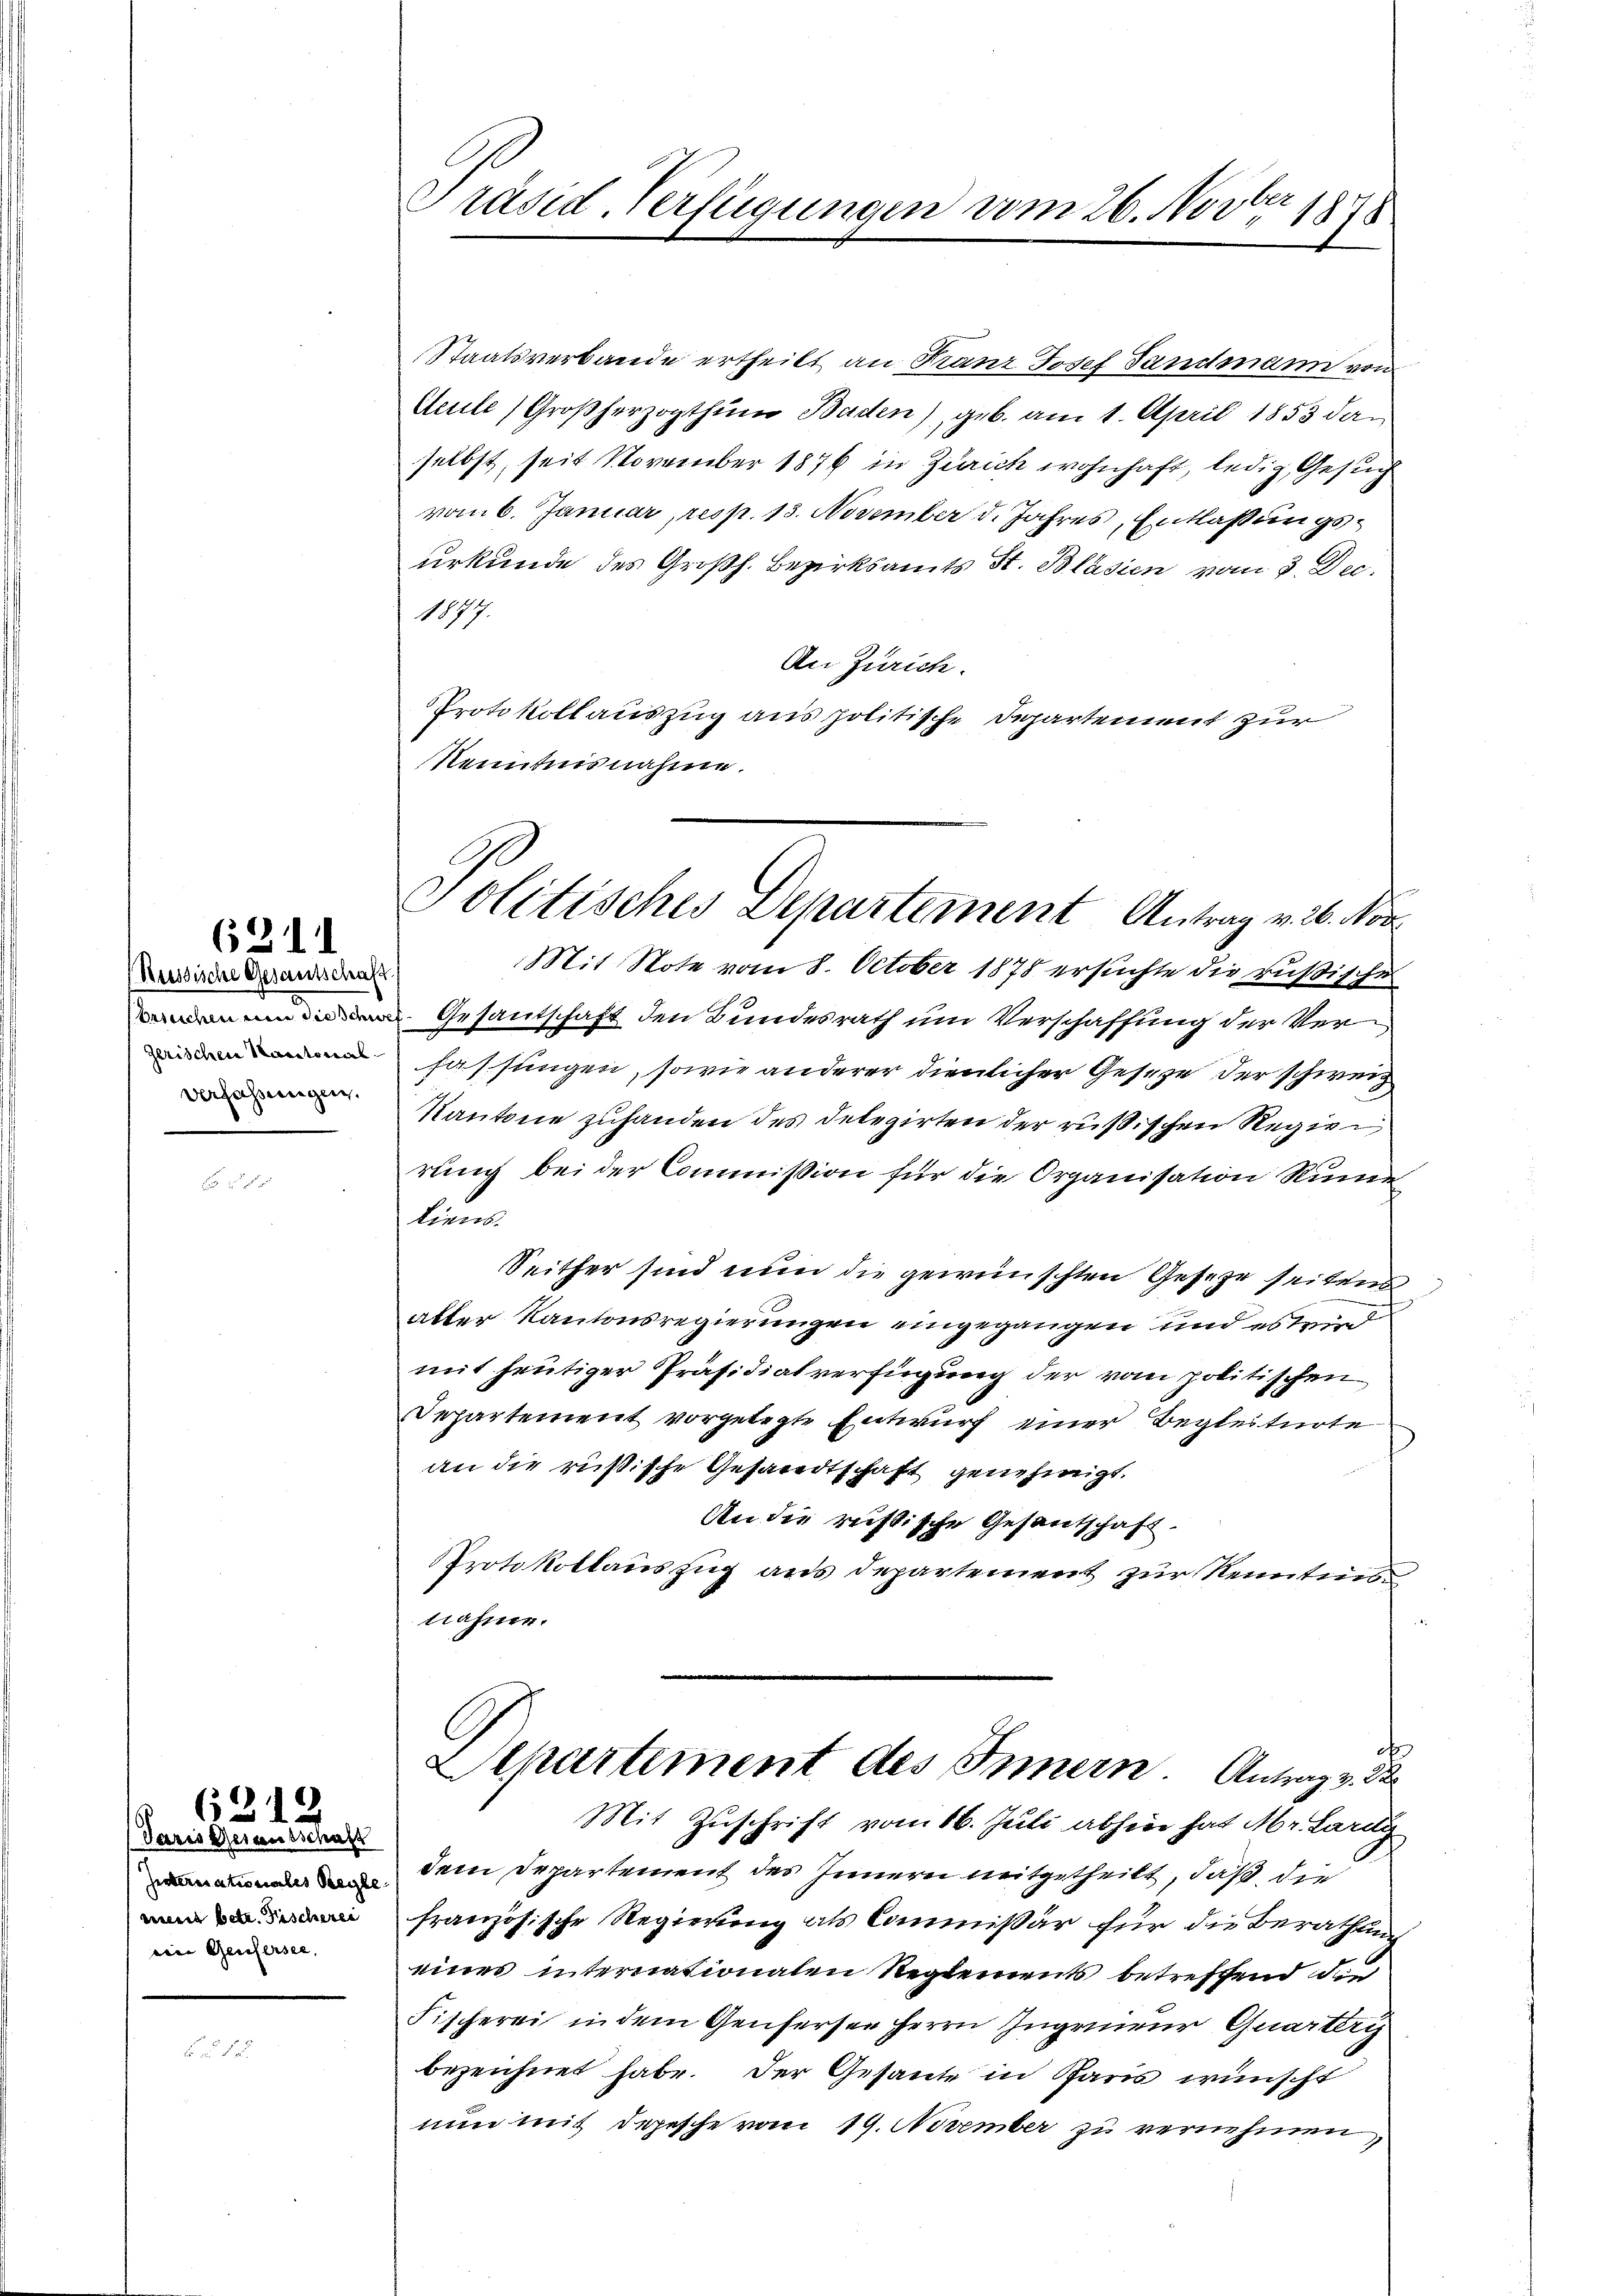
Russische Gesamtschaft
verfassungen.

6211

(Paris Gerausschaft
ment betr. Fischerei
eine Genfersee, |

6212

Präsid. Verfügungen vom 26. Novber 1878

Staatsverbande ertheilt an Franz Josef Landmann von
Ceule (Großherzogthum Baden), geb. am 1. April 1853 da
selbst, seit November 1876 in Zürich wohnhaft, ledig, Gesuch
vom 6. Januar, resp. 13. November d. Jahres, Entlaßungsurkunde des Großh. Bezirksamts St. Blasien vom 3. Dec.
1877.
An Zürich.
Protokollauszug aus politische Departement zur
Kenntnisnahme.
Mit Note vom 8. October 1878 ersuchte die rußische
Gesantschaft den Bundesrath um Verschaffung der Ver¬
 Fassungen, sowie anderer dienlicher Gesetze der schweiz
Kantone zuhanden des Delegirten der russischen Regier
rung bei der Commission für die Organisation Rüme
Liens.
Seither sind nun die gewünschten Gesetze seiten
aller Kantonsregierungen eingegangen und es wird
mit heutiger Präsidialverfügung der vom politischen
Departement vorgelegte Entwurf einer Begleitnote
an die rüßische Gesandtschaft genehmigt.
An die russische Gesandschaft.
Protokollauszug aus Departement zur Kenntnisnahme.
Separtement des Innern Antrag v. 3.
Mit Zuschrift vom 16. Juli abhin hat Mr. Lard
 dem Departement des Innern mitgetheilt, daß die
französische Regierung als Commißär für die Berathung
eines internationalen Reglements betreffend die
Fischerei in dem Genferser Herrn Ingenieur Quartery
bezeichnet habe. Der Gesante in Paris wünscht
nun mit Depesche vom 19. November zu vernehmen,

Politisches Departement Antrag v. 2. Vor